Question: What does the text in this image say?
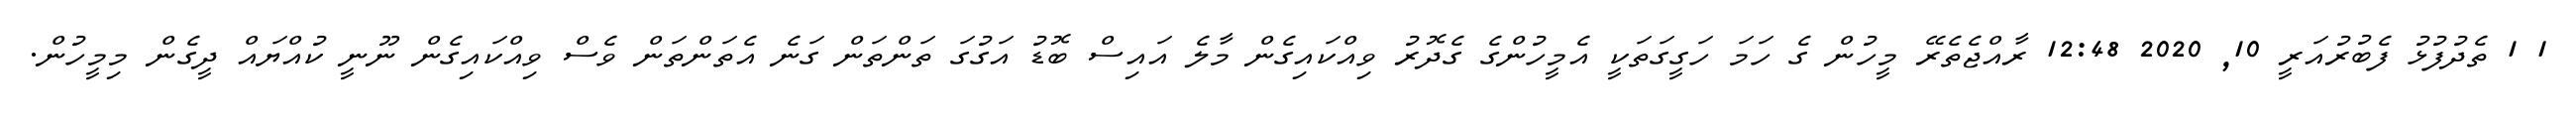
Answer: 1 1 ތެދުފުޅު ފެބުރުއަރީ 10, 2020 12:48 ރާއްޖެތެރޭ މީހުން ގެ ހަމަ ހަގީގަތަކީ އެމީހުންގެ ގެދޮރު ވިއްކައިގެން މާލެ އައިސް ބޮޑު އަގުގަ ތަންތަން ގަނެ އެތަންތަން ވެސް ވިއްކައިގެން ނޫނީ ކުއްޔައް ދީގެން މިމީހުން.